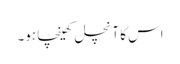
اس کا آنچل کھینچا ہو۔